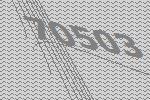
70503